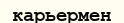
карьермен